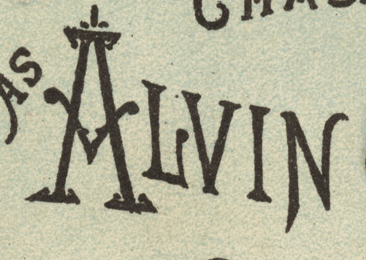
ALVIN